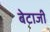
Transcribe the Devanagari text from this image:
बेटाजी